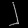
Digit: ၂